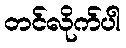
တင်လိုက်ပါ